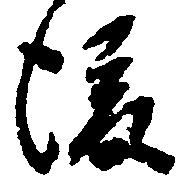
後